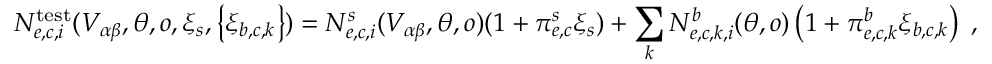
N _ { e , c , i } ^ { \mathrm { t e s t } } ( V _ { \alpha \beta } , \boldsymbol { \theta } , o , \xi _ { s } , \left\{ \xi _ { b , c , k } \right\} ) = N _ { e , c , i } ^ { s } ( V _ { \alpha \beta } , \boldsymbol { \theta } , o ) ( 1 + \pi _ { e , c } ^ { s } \xi _ { s } ) + \sum _ { k } N _ { e , c , k , i } ^ { b } ( \boldsymbol { \theta } , o ) \left( 1 + \pi _ { e , c , k } ^ { b } \xi _ { b , c , k } \right) \; ,